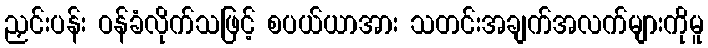
ညှင်းပန်း ဝန်ခံလိုက်သဖြင့် စပယ်ယာအား သတင်းအချက်အလက်များကိုမူ